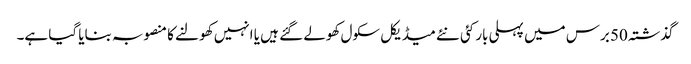
گذشتہ 50 برس میں پہلی بار کئی نئے میڈیکل سکول کھولے گئے ہیں یا انہیں کھولنے کا منصوبہ بنایا گیا ہے۔